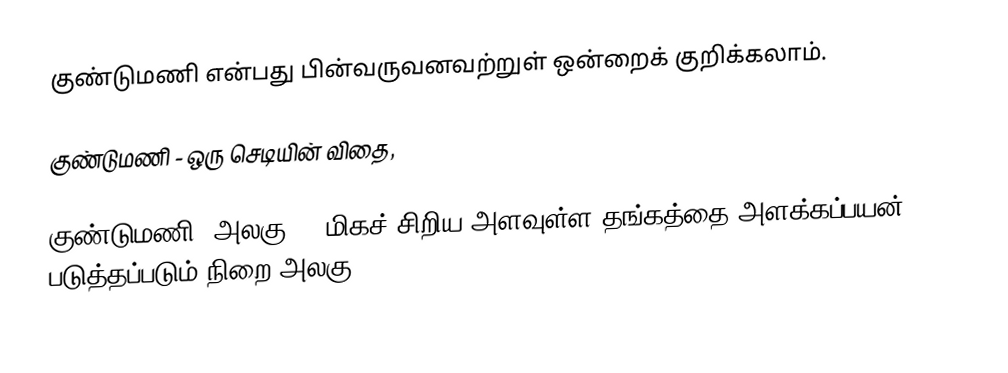
குண்டுமணி என்பது பின்வருவனவற்றுள் ஒன்றைக் குறிக்கலாம்.

 குண்டுமணி - ஒரு செடியின் விதை,

 குண்டுமணி (அலகு) - மிகச் சிறிய அளவுள்ள தங்கத்தை அளக்கப்பயன் படுத்தப்படும் நிறை அலகு.